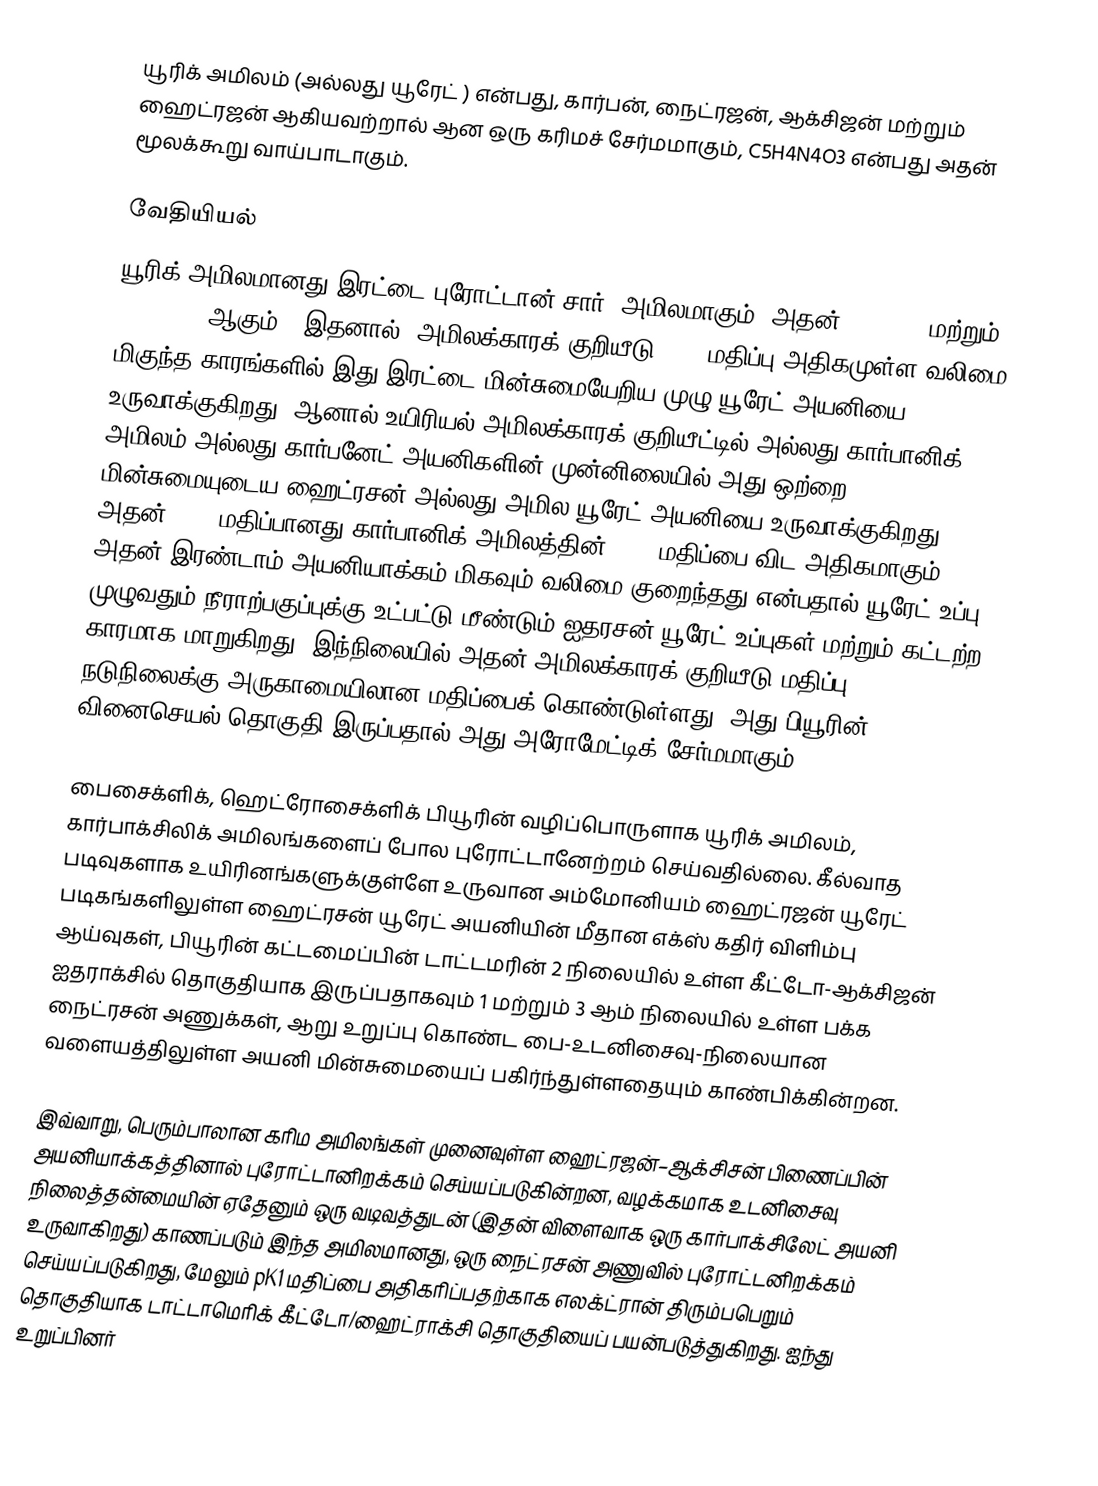
யூரிக் அமிலம்  (அல்லது யூரேட் ) என்பது, கார்பன், நைட்ரஜன், ஆக்சிஜன் மற்றும் ஹைட்ரஜன் ஆகியவற்றால் ஆன ஒரு கரிமச் சேர்மமாகும், C5H4N4O3 என்பது அதன் மூலக்கூறு வாய்பாடாகும்.

வேதியியல்
யூரிக் அமிலமானது இரட்டை புரோட்டான்(சார்) அமிலமாகும், அதன் pKa1=5.4 மற்றும் pKa2=10.3 ஆகும்.. இதனால், அமிலக்காரக் குறியீடு (pH) மதிப்பு அதிகமுள்ள வலிமை மிகுந்த காரங்களில் இது இரட்டை மின்சுமையேறிய முழு யூரேட் அயனியை உருவாக்குகிறது, ஆனால் உயிரியல் அமிலக்காரக் குறியீட்டில் அல்லது கார்பானிக் அமிலம் அல்லது கார்பனேட் அயனிகளின் முன்னிலையில் அது ஒற்றை மின்சுமையுடைய ஹைட்ரசன் அல்லது அமில யூரேட் அயனியை உருவாக்குகிறது, அதன் pKa2 மதிப்பானது கார்பானிக் அமிலத்தின் pKa1 மதிப்பை விட அதிகமாகும். அதன் இரண்டாம் அயனியாக்கம் மிகவும் வலிமை குறைந்தது என்பதால் யூரேட் உப்பு முழுவதும் நீராற்பகுப்புக்கு உட்பட்டு மீண்டும்  ஐதரசன் யூரேட் உப்புகள் மற்றும் கட்டற்ற காரமாக மாறுகிறது. இந்நிலையில் அதன் அமிலக்காரக் குறியீடு மதிப்பு நடுநிலைக்கு அருகாமையிலான மதிப்பைக் கொண்டுள்ளது. அது பியூரின் வினைசெயல் தொகுதி இருப்பதால் அது அரோமேட்டிக் சேர்மமாகும்.

பைசைக்ளிக், ஹெட்ரோசைக்ளிக் பியூரின் வழிப்பொருளாக யூரிக் அமிலம், கார்பாக்சிலிக் அமிலங்களைப் போல புரோட்டானேற்றம் செய்வதில்லை. கீல்வாத படிவுகளாக உயிரினங்களுக்குள்ளே உருவான அம்மோனியம் ஹைட்ரஜன் யூரேட் படிகங்களிலுள்ள ஹைட்ரசன் யூரேட் அயனியின் மீதான எக்ஸ் கதிர் விளிம்பு ஆய்வுகள், பியூரின் கட்டமைப்பின் டாட்டமரின் 2 நிலையில் உள்ள கீட்டோ-ஆக்சிஜன் ஐதராக்சில் தொகுதியாக இருப்பதாகவும் 1 மற்றும் 3 ஆம் நிலையில் உள்ள பக்க நைட்ரசன் அணுக்கள், ஆறு உறுப்பு கொண்ட பை-உடனிசைவு-நிலையான வளையத்திலுள்ள அயனி மின்சுமையைப் பகிர்ந்துள்ளதையும் காண்பிக்கின்றன.

இவ்வாறு, பெரும்பாலான கரிம அமிலங்கள் முனைவுள்ள ஹைட்ரஜன்–ஆக்சிசன் பிணைப்பின் அயனியாக்கத்தினால் புரோட்டானிறக்கம் செய்யப்படுகின்றன, வழக்கமாக உடனிசைவு நிலைத்தன்மையின் ஏதேனும் ஒரு வடிவத்துடன் (இதன் விளைவாக ஒரு கார்பாக்சிலேட் அயனி உருவாகிறது) காணப்படும் இந்த அமிலமானது, ஒரு நைட்ரசன் அணுவில் புரோட்டனிறக்கம் செய்யப்படுகிறது, மேலும் pK1 மதிப்பை அதிகரிப்பதற்காக எலக்ட்ரான் திரும்பபெறும் தொகுதியாக டாட்டாமெரிக் கீட்டோ/ஹைட்ராக்சி தொகுதியைப் பயன்படுத்துகிறது. ஐந்து உறுப்பினர்